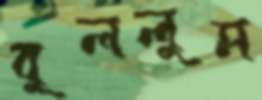
বুললুম